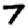
Digit: 7